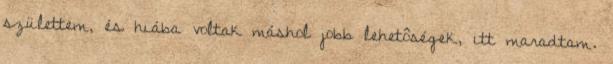
születtem, és hiába voltak máshol jobb lehetôségek, itt maradtam.